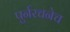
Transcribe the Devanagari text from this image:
पुर्नरचनेच